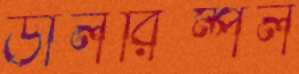
ডালরিম্পল